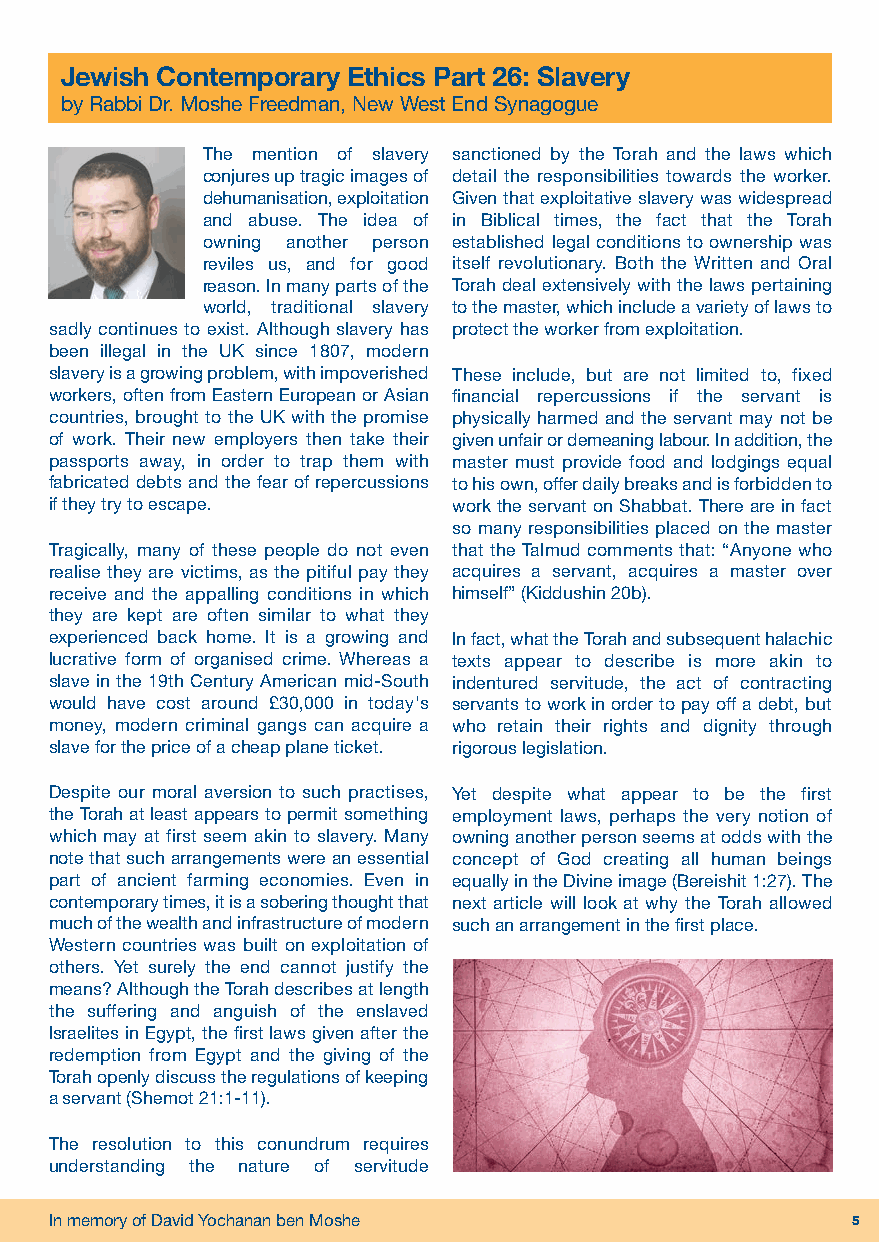
Metzora Vol.31 No.32.qxp_Layout 1 26/03/2019 11:17 Page 5
 Jewish Contemporary Ethics Part 26: Slavery
 by Rabbi Dr. Moshe Freedman, New West End Synagogue
 The mention of slavery sanctioned by the Torah and the laws which
 conjures up tragic images of detail the responsibilities towards the worker.
 dehumanisation, exploitation Given that exploitative slavery was widespread
 and abuse. The idea of in Biblical times, the fact that the Torah
 owning another person established legal conditions to ownership was
 reviles us, and for good itself revolutionary. Both the Written and Oral
 reason. In many parts of the Torah deal extensively with the laws pertaining
 world, traditional slavery to the master, which include a variety of laws to
 sadly continues to exist. Although slavery has protect the worker from exploitation.
 been illegal in the UK since 1807, modern
 slavery is a growing problem, with impoverished These include, but are not limited to, fixed
 workers, often from Eastern European or Asian financial repercussions if the servant is
 countries, brought to the UK with the promise physically harmed and the servant may not be
 of work. Their new employers then take their given unfair or demeaning labour. In addition, the
 passports away, in order to trap them with master must provide food and lodgings equal
 fabricated debts and the fear of repercussions to his own, offer daily breaks and is forbidden to
 if they try to escape.     work the servant on Shabbat. There are in fact
 so many responsibilities placed on the master
 Tragically, many of these people do not even that the Talmud comments that: “Anyone who
 realise they are victims, as the pitiful pay they acquires a servant, acquires a master over
 receive and the appalling conditions in which himself” (Kiddushin 20b).
 they are kept are often similar to what they
 experienced back home. It is a growing and In fact, what the Torah and subsequent halachic
 lucrative form of organised crime. Whereas a texts appear to describe is more akin to
 slave in the 19th Century American mid-South indentured servitude, the act of contracting
 would have cost around £30,000 in today's servants to work in order to pay off a debt, but
 money, modern criminal gangs can acquire a who retain their rights and dignity through
 slave for the price of a cheap plane ticket. rigorous legislation.
 Despite our moral aversion to such practises, Yet despite what appear to be the first
 the Torah at least appears to permit something employment laws, perhaps the very notion of
 which may at first seem akin to slavery. Many owning another person seems at odds with the
 note that such arrangements were an essential concept of God creating all human beings
 part of ancient farming economies. Even in equally in the Divine image (Bereishit 1:27). The
 contemporary times, it is a sobering thought that next article will look at why the Torah allowed
 much of the wealth and infrastructure of modern such an arrangement in the first place.
 Western countries was built on exploitation of
 others. Yet surely the end cannot justify the
 means? Although the Torah describes at length
 the suffering and anguish of the enslaved
 Israelites in Egypt, the first laws given after the
 redemption from Egypt and the giving of the
 Torah openly discuss the regulations of keeping
 a servant (Shemot 21:1-11).
 The resolution to this conundrum requires
 understanding the nature of servitude
 In memory of David Yochanan ben Moshe                5